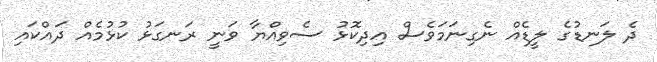
ދެ ލަނޑުގެ ލީޑެއް ނެގިނަމަވެސް އިދިކޮޅު ސެވިއްޔާ ވަނީ ރަނގަޅު ކުޅުމެއް ދައްކައި